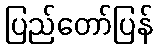
ပြည်တော်ပြန်